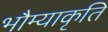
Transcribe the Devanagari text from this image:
भौम्याकृति